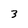
Character: 3